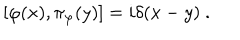
[ \varphi ( x ) , \pi _ { \varphi } ( y ) ] = i \delta ( x - y ) \ .